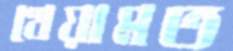
খেয়ামত